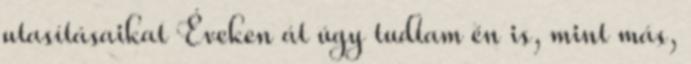
utasításaikat Éveken át úgy tudtam én is, mint más,